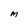
Character: M